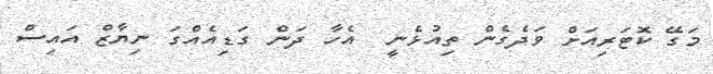
މަގޭ ކޮޓަރިއަށް ވަދެގެން ތިއުޅެނީ  އެހާ ދަން ގަޑިއެއްގަ ނިޔާޒް އައިސް